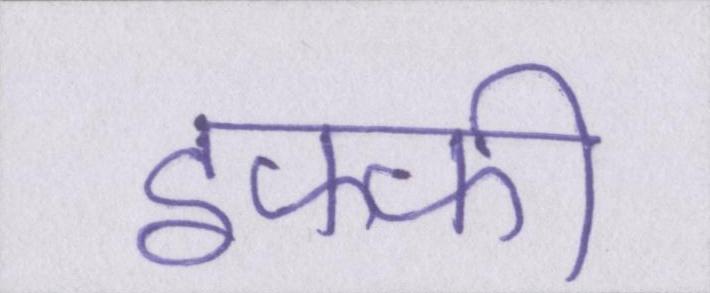
इफ्फी